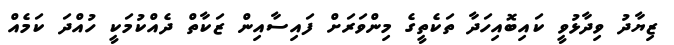
ޒިޔާދު ވިދާޅުވީ ކައިބޮއިހަދާ ތަކެތީގެ މިންވަރަށް ފައިސާއިން ޒަކާތް ދެއްކުމަކީ ހުއްދަ ކަމެއް